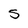
Character: 5